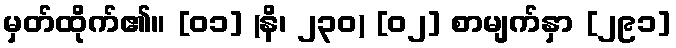
မှတ်ထိုက်၏။ [၀၁] (နိ၊ ၂၃၀) [၀၂] စာမျက်နှာ [၂၉၁]